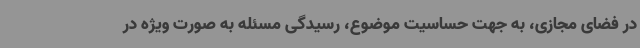
در فضای مجازی، به جهت حساسیت موضوع، رسیدگی مسئله به صورت ویژه در